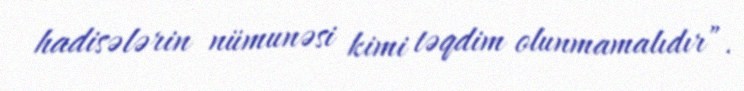
hadisələrin nümunəsi kimi təqdim olunmamalıdır”.